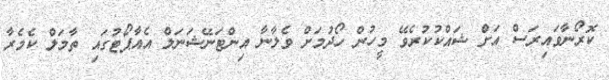
ކޮރޯނާވައިރަސް އަށް ޝައްކުކުރެވޭ މީހުން ހޯދުމަށް ވެލާނާ އިންޓަނޭޝަނަލް އެއާޕޯޓުގައި ތާމަލް ކެމެރާ